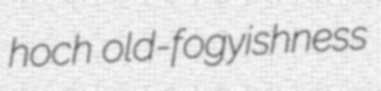
hoch old-fogyishness